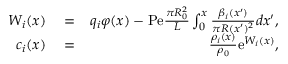
\begin{array} { r l r } { W _ { i } ( x ) } & { { } = } & { q _ { i } \varphi ( x ) - \mathrm { P e } \frac { \pi R _ { 0 } ^ { 2 } } { L } \int _ { 0 } ^ { x } \frac { \beta _ { i } ( x ^ { \prime } ) } { \pi R ( x ^ { \prime } ) ^ { 2 } } d x ^ { \prime } , } \\ { c _ { i } ( x ) } & { { } = } & { \frac { \rho _ { i } ( x ) } { \rho _ { 0 } } \mathrm { e } ^ { W _ { i } ( x ) } , } \end{array}